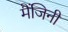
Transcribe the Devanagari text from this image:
मैंजिनी